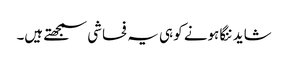
شاید ننگا ہونے کو ہی یہ فحاشی سمجھتے ہیں۔